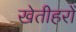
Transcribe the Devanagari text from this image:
खेतीहरों